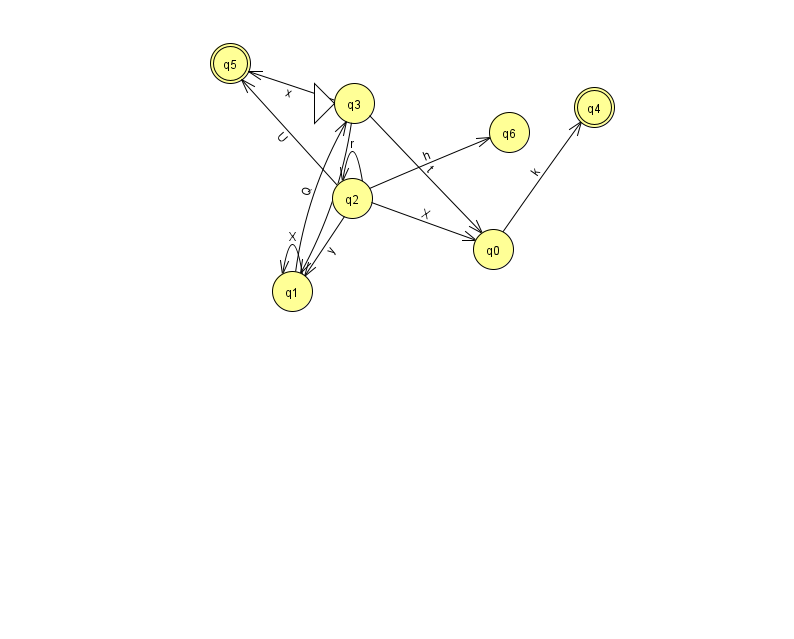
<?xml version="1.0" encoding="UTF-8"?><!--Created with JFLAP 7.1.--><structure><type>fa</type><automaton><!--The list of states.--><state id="0" name="q0"><x>493.0</x><y>236.0</y></state><state id="1" name="q1"><x>292.0</x><y>278.0</y></state><state id="2" name="q2"><x>352.0</x><y>185.0</y></state><state id="3" name="q3"><x>354.0</x><y>90.0</y><initial/></state><state id="4" name="q4"><x>594.0</x><y>94.0</y><final/></state><state id="5" name="q5"><x>230.0</x><y>50.0</y><final/></state><state id="6" name="q6"><x>509.0</x><y>119.0</y></state><!--The list of transitions.--><transition><from>3</from><to>0</to><read>t</read></transition><transition><from>2</from><to>6</to><read>h</read></transition><transition><from>2</from><to>2</to><read>r</read></transition><transition><from>1</from><to>3</to><read>Q</read></transition><transition><from>3</from><to>1</to><read>Q</read></transition><transition><from>2</from><to>5</to><read>U</read></transition><transition><from>1</from><to>1</to><read>X</read></transition><transition><from>0</from><to>4</to><read>k</read></transition><transition><from>3</from><to>5</to><read>x</read></transition><transition><from>2</from><to>1</to><read>y</read></transition><transition><from>2</from><to>0</to><read>X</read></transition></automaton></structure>